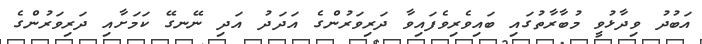
އަބުދު ވިދާޅުވީ މުބާރާތުގައި ބައިވެރިވެފައިވާ ދަރިވަރުންގެ އަދަދު އަދި ނޭނގޭ ކަމަށާއި ދަރިވަރުންގެ